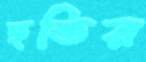
হুন্ডির